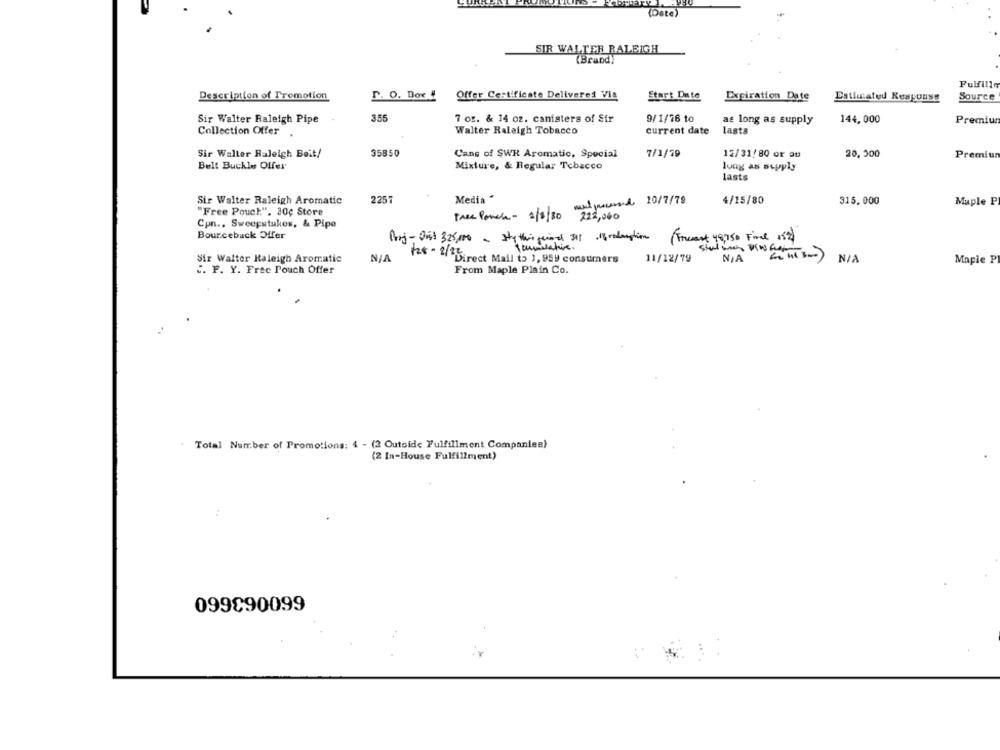
(Date)
SIR WALTER RALEIGH
(Brand)
Fulfill
Description of Promotion
P. O. Box 4
Offer Certificate Delivered Vil
Start Date
Expiration Date
Estimated Response
Source
Sir Walter Raleigh Pipe
3.55
7 or. & 14 oz. canisters of Sir
9/1/76 to
as long as supply
144, 000
Premium
Collection Offer
Walter Raleigh Tobacco
current date
lasts
Sir Walter Raleigh Boit/
35850
Cans of SWR Aromatic, Special
7/1/79
12/31/80 or au
20,500
Premiu
Belt Buckle Offer
Mixture, & Regular Tobacco
long as supply
lasts
Sir Walter Raleigh Aromatic
225
Media *
mal Juice.A 10/7/79
4/15/80
315.000
Maple P
"Free Pouch". 20¢ Store
Free Panela - 2/8/80
222,060
Cpn ., Sweepstakes, & Pipe
Bourceback Offer
Brug-Dist 325,00 - Sty this period 31 1production
(Freest 48,75 # Find 12
128 - 2/22
Sir Walter Raleigh Aromatic
Direct Mail to 1, 959 consumers
11/12/79
Maple P
C. F. Y. Free Pouch Offer
From Maple Plain Co.
Total Number of Promotions: 4 - (2 Outside Fulfillment Companies)
(2 In-House Fulfillment)
099890099